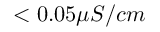
< 0 . 0 5 \mu S / c m